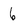
Character: 6